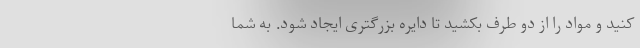
کنید و مواد را از دو طرف بکشید تا دایره بزرگتری ایجاد شود. به شما